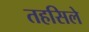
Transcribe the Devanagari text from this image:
तहसिले